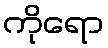
ကိုရော